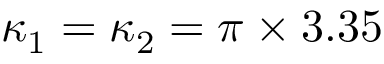
\kappa _ { 1 } = \kappa _ { 2 } = \pi \times 3 . 3 5